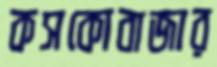
কসকোবাজার